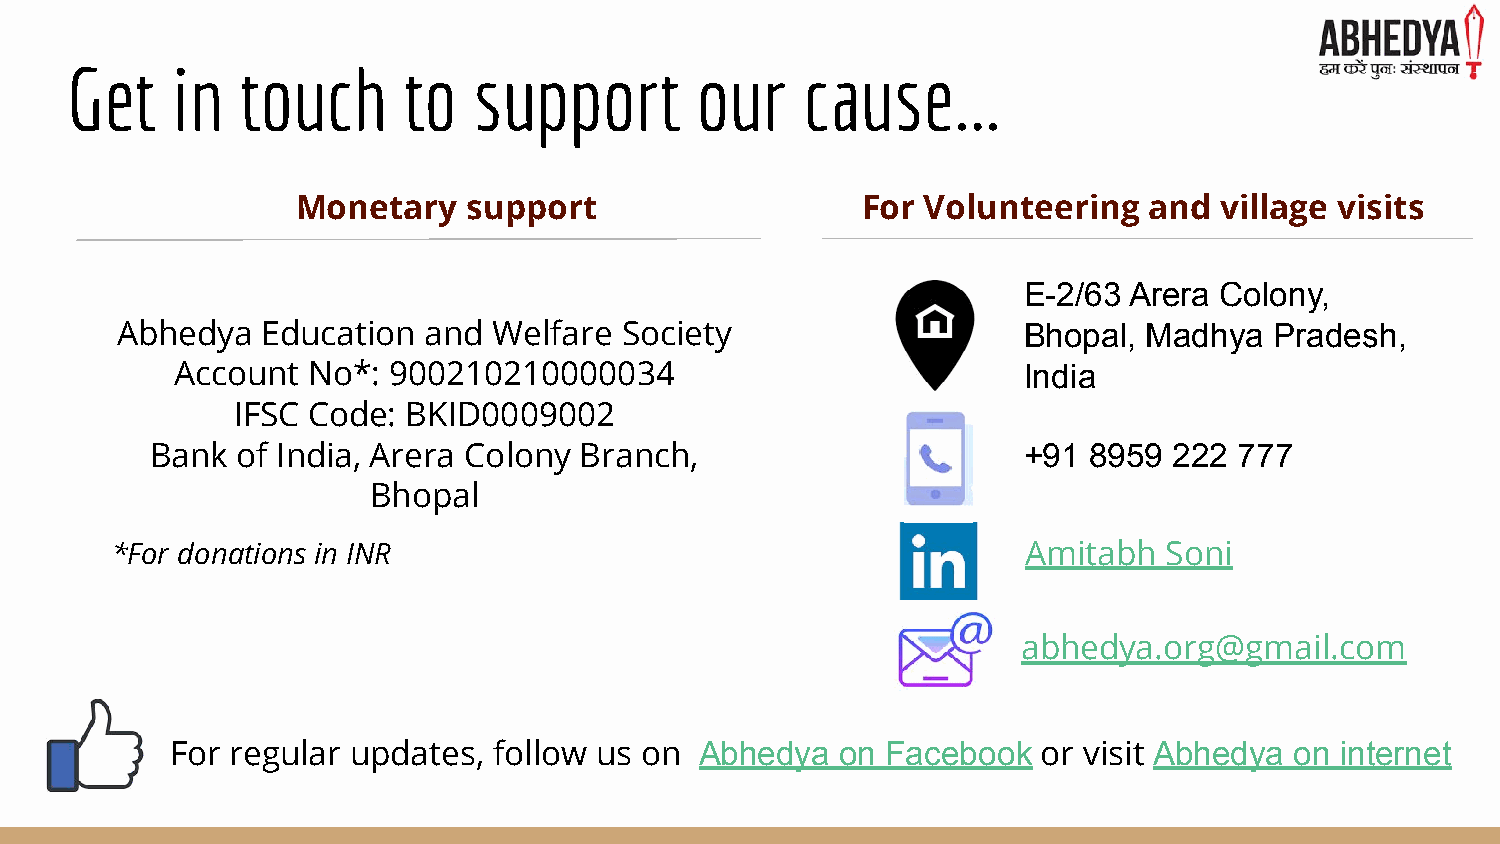
Get    in   touch      to  support        our    cause...
 Monetary   support                   For Volunteering   and  village visits
 E-2/63 Arera Colony,
 Abhedya  Education  and  Welfare Society                    Bhopal, Madhya  Pradesh,
 Account No*:  900210210000034                           India
 IFSC Code:  BKID0009002
 Bank  of India, Arera Colony Branch,                      +91 8959  222 777
 Bhopal
 *For donations in INR                                        Amitabh  Soni
 abhedya.org@gmail.com
 For regular updates,  follow us on Abhedya   on Facebook  or visit Abhedya on internet